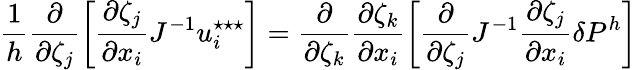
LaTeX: \frac{1}{{h}}\frac{\partial}{\partial\zeta_{j}}\left[\frac{\partial\zeta_{j}}{\partial x_{i}}J^{-1}u_{i}^{\star\star\star}\right]=\frac{\partial}{\partial\zeta_{k}}\frac{\partial\zeta_{k}}{\partial x_{i}}\left[\frac{\partial}{\partial\zeta_{j}}J^{-1}\frac{\partial\zeta_{j}}{\partial x_{i}}\delta P^{{h}}\right]